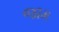
જામ